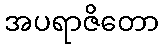
အပရာဇိတော